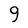
Character: 9